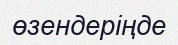
өзендеріңде